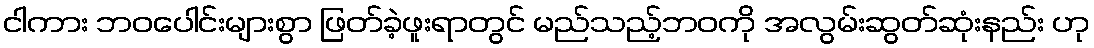
ငါကား ဘဝပေါင်းများစွာ ဖြတ်ခဲ့ဖူးရာတွင် မည်သည့်ဘဝကို အလွမ်းဆွတ်ဆုံးနည်း ဟု